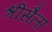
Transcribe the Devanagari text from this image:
श्रीसैला